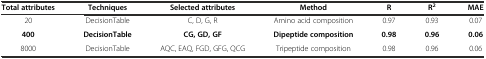
<table><thead><tr><td><b>Total attributes</b></td><td><b>Techniques</b></td><td><b>Selected attributes</b></td><td><b>Method</b></td><td><b>R</b></td><td><b>R<sup>2</sup></b></td><td><b>MAE</b></td></tr></thead><tbody><tr><td>20</td><td>DecisionTable</td><td>C, D, G, R</td><td>Amino acid composition</td><td>0.97</td><td>0.93</td><td>0.07</td></tr><tr><td><b>400</b></td><td><b>DecisionTable</b></td><td><b>CG, GD, GF</b></td><td><b>Dipeptide composition</b></td><td><b>0.98</b></td><td><b>0.96</b></td><td><b>0.06</b></td></tr><tr><td>8000</td><td>DecisionTable</td><td>AQC, EAQ, FGD, GFG, QCG</td><td>Tripeptide composition</td><td>0.98</td><td>0.96</td><td>0.06</td></tr></tbody></table>